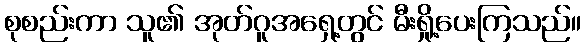
စုစည်းကာ သူ၏ အုတ်ဂူအရှေ့တွင် မီးရှို့ပေးကြသည်။